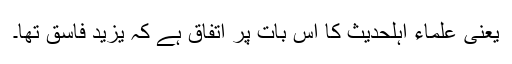
یعنی علماء اہلحدیث کا اس بات پر اتفاق ہے کہ یزید فاسق تھا۔